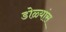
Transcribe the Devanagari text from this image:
डोळ्यांस